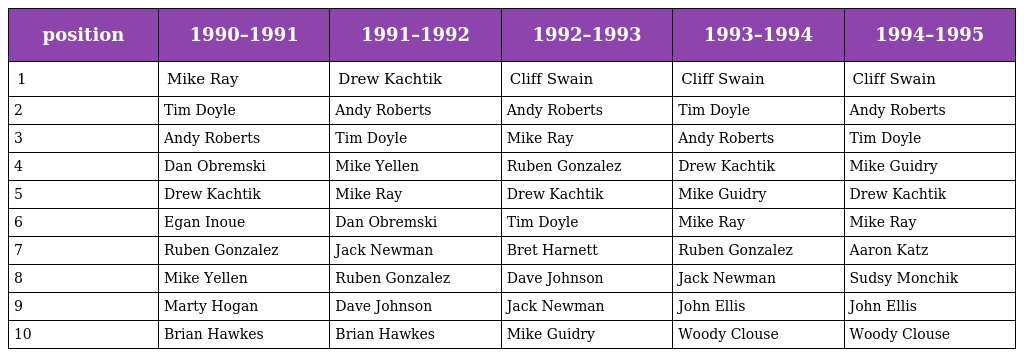
| position | 1990–1991 | 1991–1992 | 1992–1993 | 1993–1994 | 1994–1995 |
 | --- | --- | --- | --- | --- | --- |
 | 1 | Mike Ray | Drew Kachtik | Cliff Swain | Cliff Swain | Cliff Swain |
 | 2 | Tim Doyle | Andy Roberts | Andy Roberts | Tim Doyle | Andy Roberts |
 | 3 | Andy Roberts | Tim Doyle | Mike Ray | Andy Roberts | Tim Doyle |
 | 4 | Dan Obremski | Mike Yellen | Ruben Gonzalez | Drew Kachtik | Mike Guidry |
 | 5 | Drew Kachtik | Mike Ray | Drew Kachtik | Mike Guidry | Drew Kachtik |
 | 6 | Egan Inoue | Dan Obremski | Tim Doyle | Mike Ray | Mike Ray |
 | 7 | Ruben Gonzalez | Jack Newman | Bret Harnett | Ruben Gonzalez | Aaron Katz |
 | 8 | Mike Yellen | Ruben Gonzalez | Dave Johnson | Jack Newman | Sudsy Monchik |
 | 9 | Marty Hogan | Dave Johnson | Jack Newman | John Ellis | John Ellis |
 | 10 | Brian Hawkes | Brian Hawkes | Mike Guidry | Woody Clouse | Woody Clouse |